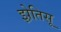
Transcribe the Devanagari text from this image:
झ़ेतिसू